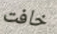
خافت